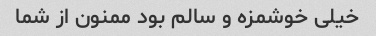
خیلی خوشمزه و سالم بود ممنون از شما